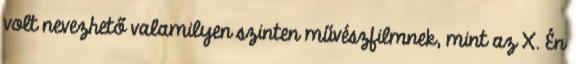
volt nevezhető valamilyen szinten művészfilmnek, mint az X. Én